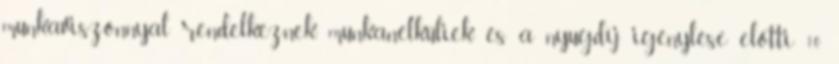
munkaviszonnyal rendelkeznek, munkanélküliek és a nyugdíj igénylése előtti 10